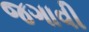
જગાવી